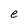
Character: e